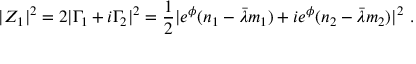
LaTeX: | Z _ { 1 } | ^ { 2 } = 2 | \Gamma _ { 1 } + i \Gamma _ { 2 } | ^ { 2 } = { \frac { 1 } { 2 } } | e ^ { \phi } ( n _ { 1 } - \bar { \lambda } m _ { 1 } ) + i e ^ { \phi } ( n _ { 2 } - \bar { \lambda } m _ { 2 } ) | ^ { 2 } \ .